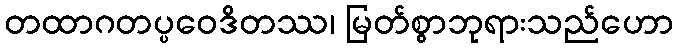
တထာဂတပ္ပဝေဒိတဿ၊ မြတ်စွာဘုရားသည်ဟော